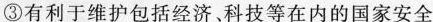
③有利于维护包括经济、科技等在内的国家安全